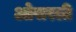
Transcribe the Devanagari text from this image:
ओसरली